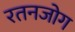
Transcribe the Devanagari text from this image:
रतनजोग